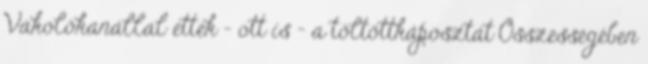
Vakolókanállal ették – ott is - a töltöttkáposztát Összességében